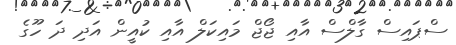
ސްޕައިސް ގާލްސް އާއި ޖޯޖް މައިކަލް އާއި ކުއީން އަދި ދަ ހޫގެ